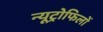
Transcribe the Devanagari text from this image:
न्यूट्रोफिलों